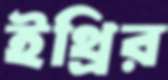
ইথ্রির